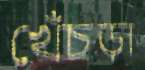
খেঁচড়া